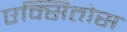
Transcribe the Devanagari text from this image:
एक्सितोस